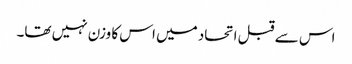
اس سے قبل اتحاد میں اس کا وزن نہیں تھا۔